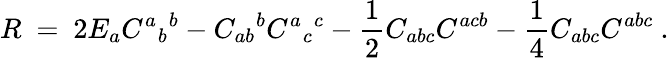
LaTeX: R\ =\ 2E_{a}C^{a}{}_{b}{}^{b}-C_{ab}{}^{b}C^{a}{}_{c}{}^{c}-\frac 12C_{abc}C^{acb}-\frac 14C_{abc}C^{abc}~.